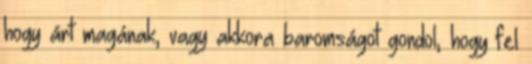
hogy árt magának, vagy akkora baromságot gondol, hogy fel